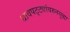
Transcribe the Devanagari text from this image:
धावपट्ट्यांवरुनसुद्धा